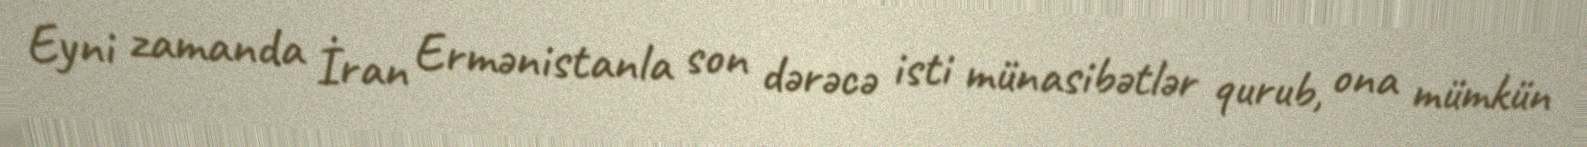
Eyni zamanda İran Ermənistanla son dərəcə isti münasibətlər qurub, ona mümkün